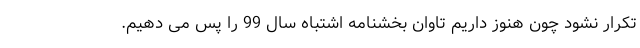
تکرار نشود چون هنوز داریم تاوان بخشنامه اشتباه سال 99 را پس می دهیم.